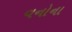
વનોના